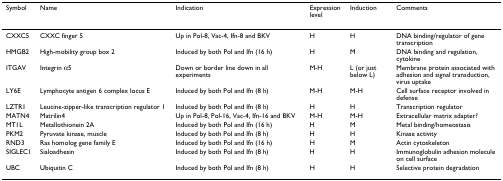
| Symbol | Name | Indication | Expression level | Induction | Comments |
 | --- | --- | --- | --- | --- | --- |
 | CXXC5 | CXXC finger 5 | Up in Pol-8, Vac-4, Ifn-8 and BKV | H | H | DNA binding/regulator of gene transcription |
 | HMGB2 | High-mobility group box 2 | Induced by both Pol and Ifn (16 h) | H | M | DNA binding and regulation, cytokine |
 | ITGAV | Integrin α5 | Down or border line down in all experiments | M-H | L (or just below L) | Membrane protein associated with adhesion and signal transduction, virus uptake |
 | LY6E | Lymphocyte antigen 6 complex locus E | Induced by both Pol and Ifn (8 h) | M-H | M-H | Cell surface receptor involved in defense |
 | LZTR1 | Leucine-zipper-like transcription regulator 1 | Induced by both Pol and Ifn (8 h) | H | H | Transcription regulator |
 | MATN4 | Matrilin4 | Up in Pol-8, Pol-16, Vac-4, Ifn-16 and BKV | M-H | M-H | Extracellular matrix adapter? |
 | MT1L | Metallothionein 2A | Induced by both Pol and Ifn (16 h) | H | M | Metal binding/homeostasis |
 | PKM2 | Pyruvate kinase, muscle | Induced by both Pol and Ifn (8 h) | H | H | Kinase activity |
 | RND3 | Ras homolog gene family E | Induced by both Pol and Ifn (16 h) | H | M | Actin cytoskeleton |
 | SIGLEC1 | Sialoadhesin | Induced by both Pol and Ifn (8 h) | H | H | Immunoglobulin adhesion molecule on cell surface |
 | UBC | Ubiquitin C | Induced by both Pol and Ifn (8 h) | H | H | Selective protein degradation |